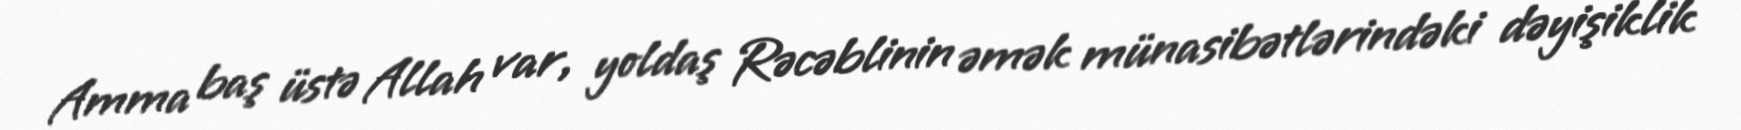
Amma baş üstə Allah var, yoldaş Rəcəblinin əmək münasibətlərindəki dəyişiklik